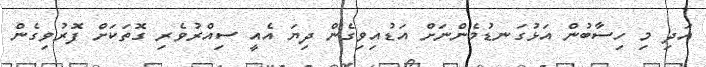
އަދި މި ހިސާބުން އަޅުގަނޑުމެންނަށް އަޑުއިވިގެން ދިޔަ އެއީ ސިއްރުވެރި ގޮތަކަށް ފޮރުވިގެން